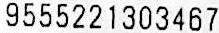
9555221303467